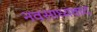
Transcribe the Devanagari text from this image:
नवसाध्यवाद